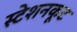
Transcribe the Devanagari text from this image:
स्टेशनकूट